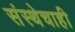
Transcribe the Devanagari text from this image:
संस्थेचाही